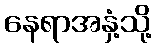
နေရာအနှံ့သို့